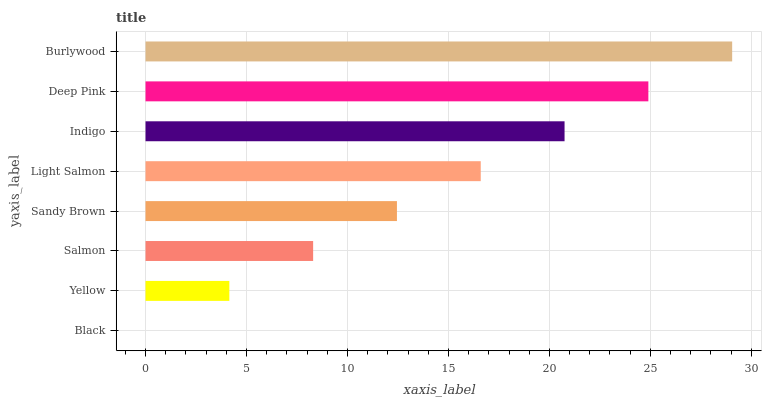
| yaxis_label | bars |
 | --- | --- |
 | Black | 0 |
 | Yellow | 4.15 |
 | Salmon | 8.3 |
 | Sandy Brown | 12.4 |
 | Light Salmon | 16.6 |
 | Indigo | 20.7 |
 | Deep Pink | 24.9 |
 | Burlywood | 29 |